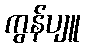
ကွန်ပျူ